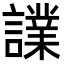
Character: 𧬬